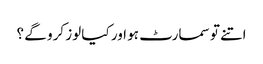
اتنے تو سمارٹ ہو اور کیا لوز کرو گے ؟